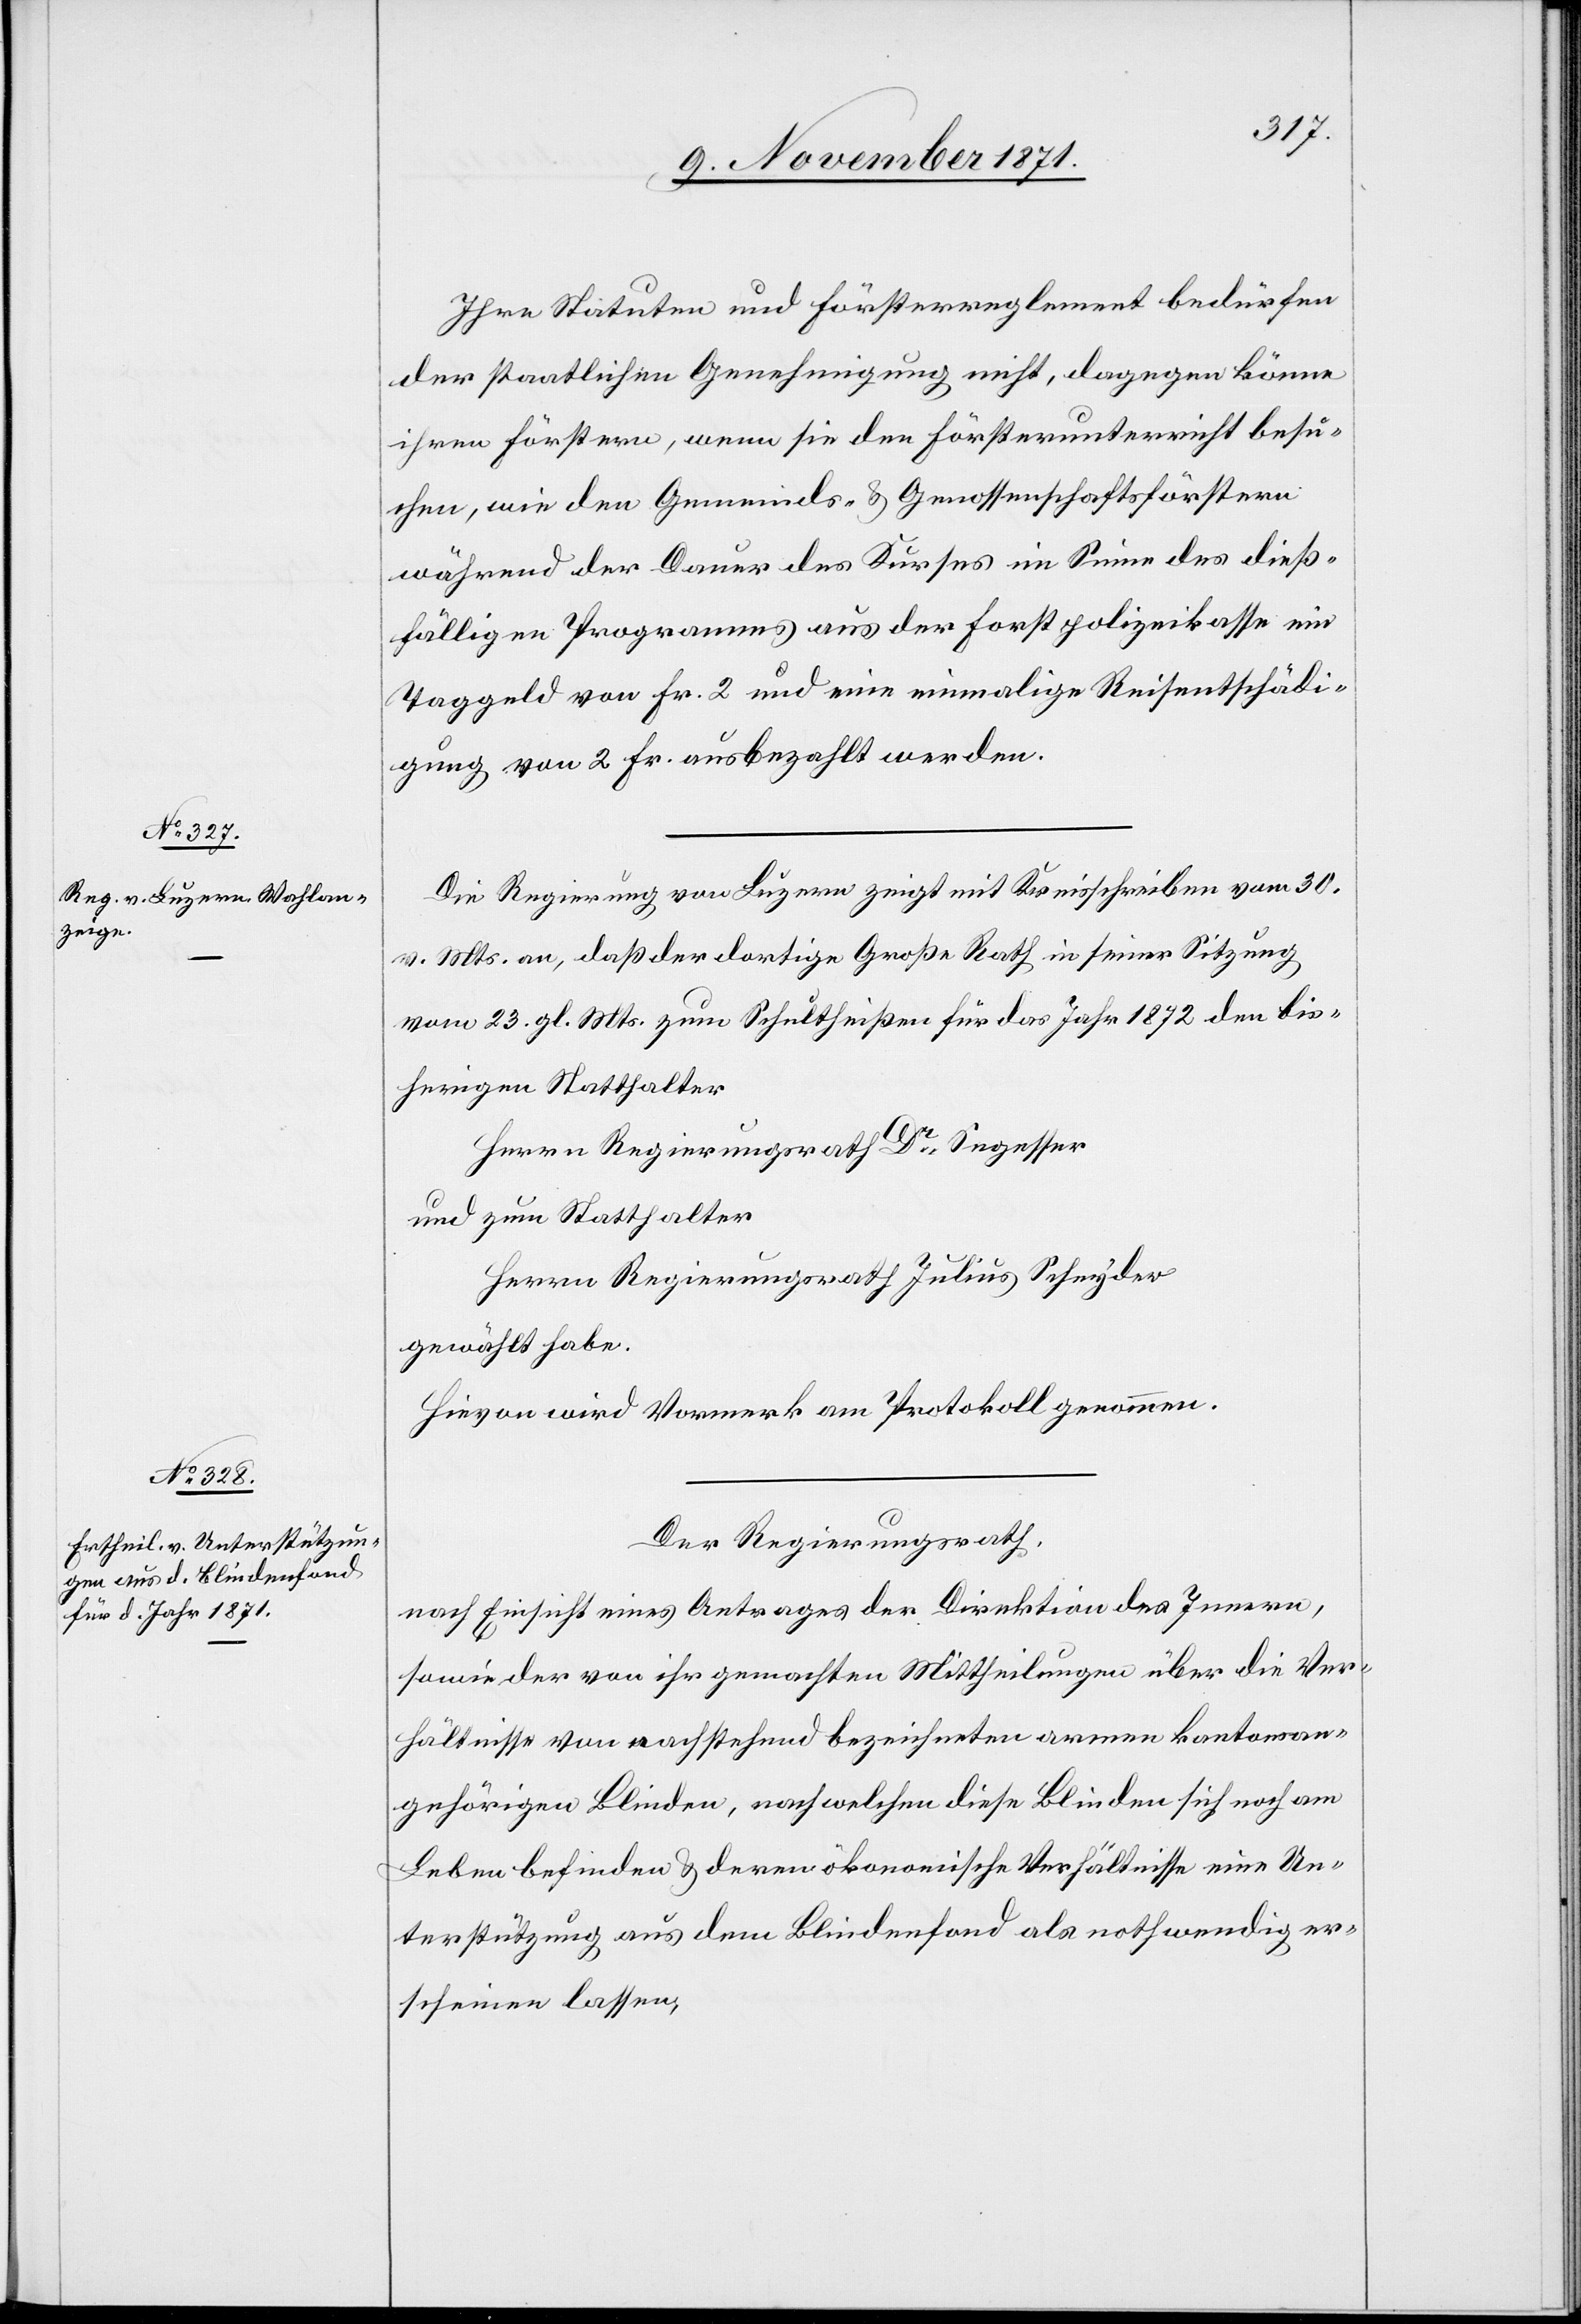
Ihre Statuten und Försterreglement bedürfen
der staatlichen Genehmigung nicht, dagegen könne
ihren Förstern, wenn sie den Försterunterricht besu¬
chen, wie den Gemeinds- & Genossenschaftsförstern
während der Dauer des Kurses im Sinne des dieß¬
fälligen Programmes aus der Forstpolizeikasse ein
Taggeld von Fr. 2 und eine einmalige Reiseentschädi¬
gung von 2 Fr. ausbezahlt werden.
Die Regierung von Luzern zeigt mit Kreisschreiben vom 30.
v. Mts. an, daß der dortige Große Rath in seiner Sitzung
vom 23. gl. Mts. zum Schultheißen für das Jahr 1872 den bis¬
herigen Statthalter
Herrn Regierungsrath Dr Segesser
und zum Statthalter
Herrn Regierungsrath Julius Schnyder
gewählt habe.
Hievon wird Vormerk am Protokoll genommen.
Der Regierungsrath,
nach Einsicht eines Antrages der Direktion des Innern,
sowie der von ihr gemachten Mittheilungen über die Ver¬
hältnisse von nachstehend bezeichneten armen kantonsan¬
gehörigen Blinden, nach welchen diese Blinden sich noch am
Leben befinden & deren ökonomische Verhältnisse eine Un¬
terstützung aus dem Blindenfond als nothwendig er¬
scheinen lassen,